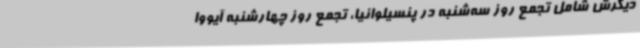
دیگرش شامل تجمع روز سه‌شنبه در پنسیلوانیا، تجمع روز چهارشنبه آیووا